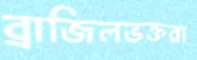
ব্রাজিলভক্তরা